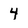
Character: 4